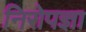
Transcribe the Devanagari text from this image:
निरोपज्ञा